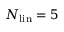
N _ { \mathrm { l i n } } = 5